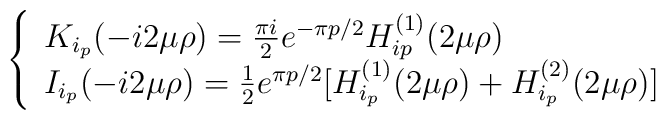
\left\{ \begin{array}{ll}  K_{i_p} (- i 2\mu\rho) = \frac{\pi i}{2} e^{- \pi p/2} H^{(1)}_{ip}(2 \mu \rho) &\\I_{i_p}( - i 2 \mu\rho) = \frac{1}{2} e^{\pi p/2}[H^{(1)}_{i_p}(2 \mu \rho) +H^{(2)}_{i_p}(2 \mu \rho)] \end{array} \right.